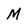
Character: M